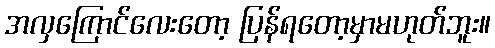
အလှကြောင်လေးတော့ ပြန်ရတော့မှာမဟုတ်ဘူး။